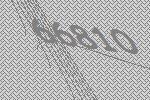
66810